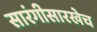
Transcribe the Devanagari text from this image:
सारंगीसारखेच